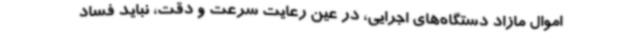
اموال مازاد دستگاه‌های اجرایی، در عین رعایت سرعت و دقت، نباید فساد